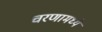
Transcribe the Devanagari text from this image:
चरणामध्ये